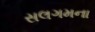
સલગમના